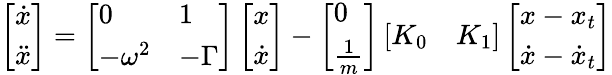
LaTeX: \left[\begin{array}{l}{\dot{x}}\\ {\ddot{x}}\end{array}\right]=\left[\begin{array}{ll}{0}&{1}\\ {-\omega^{2}}&{-\Gamma}\end{array}\right]\left[\begin{array}{l}{x}\\ {\dot{x}}\end{array}\right]-\left[\begin{array}{l}{0}\\ {\frac{1}{m}}\end{array}\right]\left[\begin{array}{ll}{K_{0}}&{K_{1}}\end{array}\right]\left[\begin{array}{l}{x-x_{t}}\\ {\dot{x}-\dot{x}_{t}}\end{array}\right]